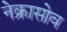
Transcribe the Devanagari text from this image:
नेक्रासोव